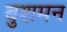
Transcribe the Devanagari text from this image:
बुशमन